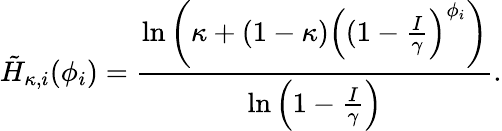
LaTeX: \tilde{H}_{\kappa,i}(\phi_{i})=\frac{\ln\left(\kappa+(1-\kappa)\left((1-\frac{I}{\gamma}\right)^{\phi_{i}}\right)}{\ln\left(1-\frac{I}{\gamma}\right)}.